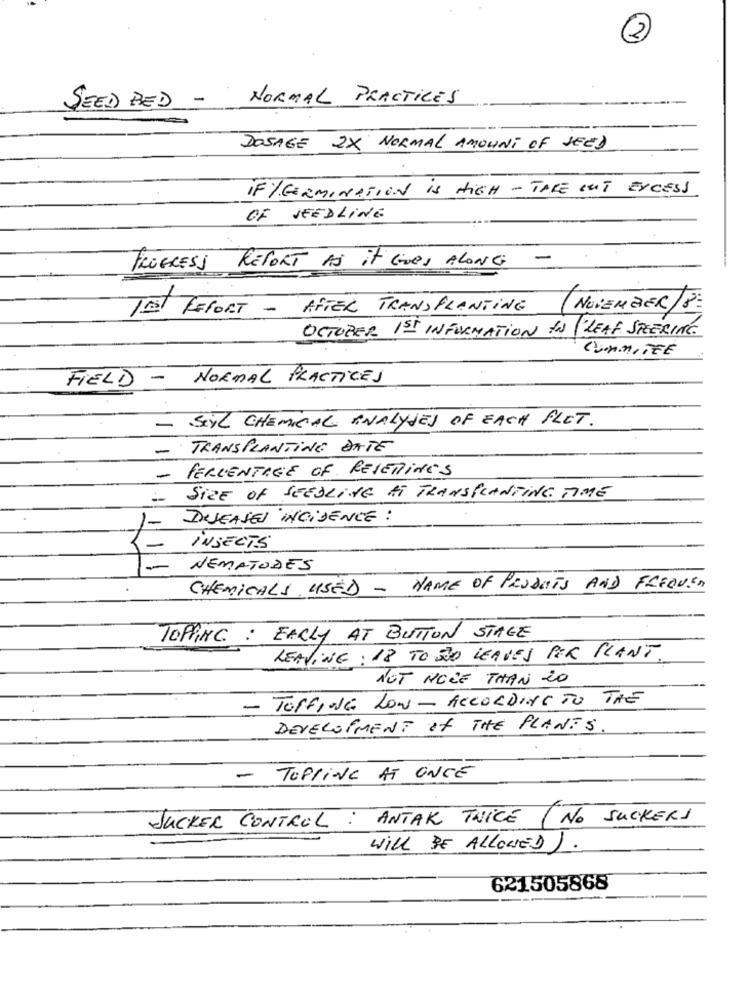
2
SEED BED - NORMAL PRACTICES
DOSAGE 2X NORMAL AMOUNT OF SEED
IF / GERMINATION is HIGH -TAKE out EXCESS
OF SEEDLING
PROGRESS REPORT AS it Gives ALONG -
TAT TEFORT - AFTER TRANSPLANTING
NOVEMBER/8
OCTOBER 1ST INFORMATION IN 'LEAF STEERING.
COMMITEE
FIELD - NORMAL PRACTICES
SiYL CHEMICAL ANALYSES OF EACH FLET.
-
-
TRANSPLANTING DATE
PERCENTAGE OF RESETTINES
-
SIZE OF SEEDLING AT TRANSPLANTING TIME
DISEASES INCIDENCE :
1-
INSECTS
NEMATODES
CHEMICALS USED - NAME OF PRODUCTS AND FEEQUE
TOPPING : EARLY AT BUTTON STAGE
LEAVING : 18 TO NÃO LEAVES PER PLANT.
NOT MORE THAN 20
- TOFFING LOW - ACCORDING TO THE
DEVELOPMENT of THE PLANTS
-
TOPPING AT ONCE
JUCKER CONTROL : ANTAK TWICE
( NO SUCKERS
WILL BE ALLOWED).
621505868